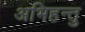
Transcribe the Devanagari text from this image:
अभिहन्तु